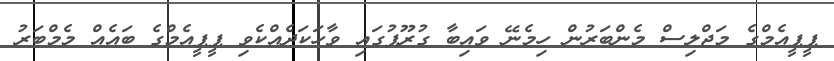
ޕީޕީއެމްގެ މަޖްލިސް މެންބަރުން ހިމެނޭ ވައިބާ ގުރޫޕުގައި ވާހަކަދެއްކެވި ޕީޕީއެމްގެ ބައެއް މެމްބަރު